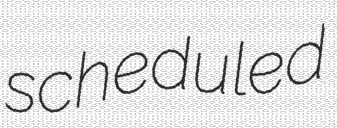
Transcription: scheduled